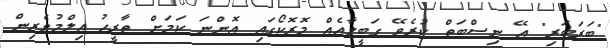
"ބަރަބަރި" އޭ ނިސްބަތް ކުރެވޭ ގަބީލާއެއް މޮރޮކޯގައި އޮންނަ ކަމަށް ތާރީހު އިލްމުވެރިން